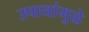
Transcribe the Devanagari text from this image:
उपायांमुळे